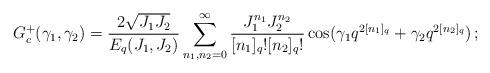
LaTeX: \begin{align*} G^+_c(\gamma_1,\gamma_2) = \frac{2\sqrt{J_1J_2}}{E_q(J_1,J_2)}\sum_{n_1,n_2 =0}^\infty\frac{J_1^{n_1}J_2^{n_2}}{[n_1]_q![n_2]_q!}\cos(\gamma_1 q^{2[n_1]_q}+\gamma_2q^{2[n_2]_q})\,;\end{align*}